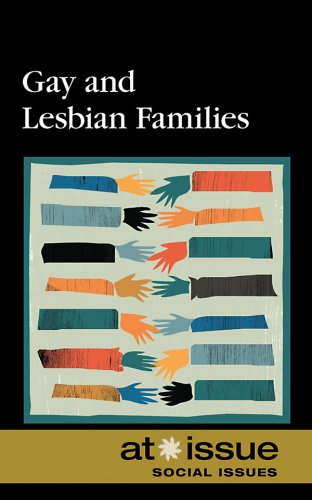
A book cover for Gay and Lesbian Families (At Issue); Roman Espejo; Teen & Young Adult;